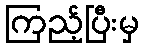
ကြည့်ပြီးမှ